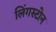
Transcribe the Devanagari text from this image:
लिंगस्टोन